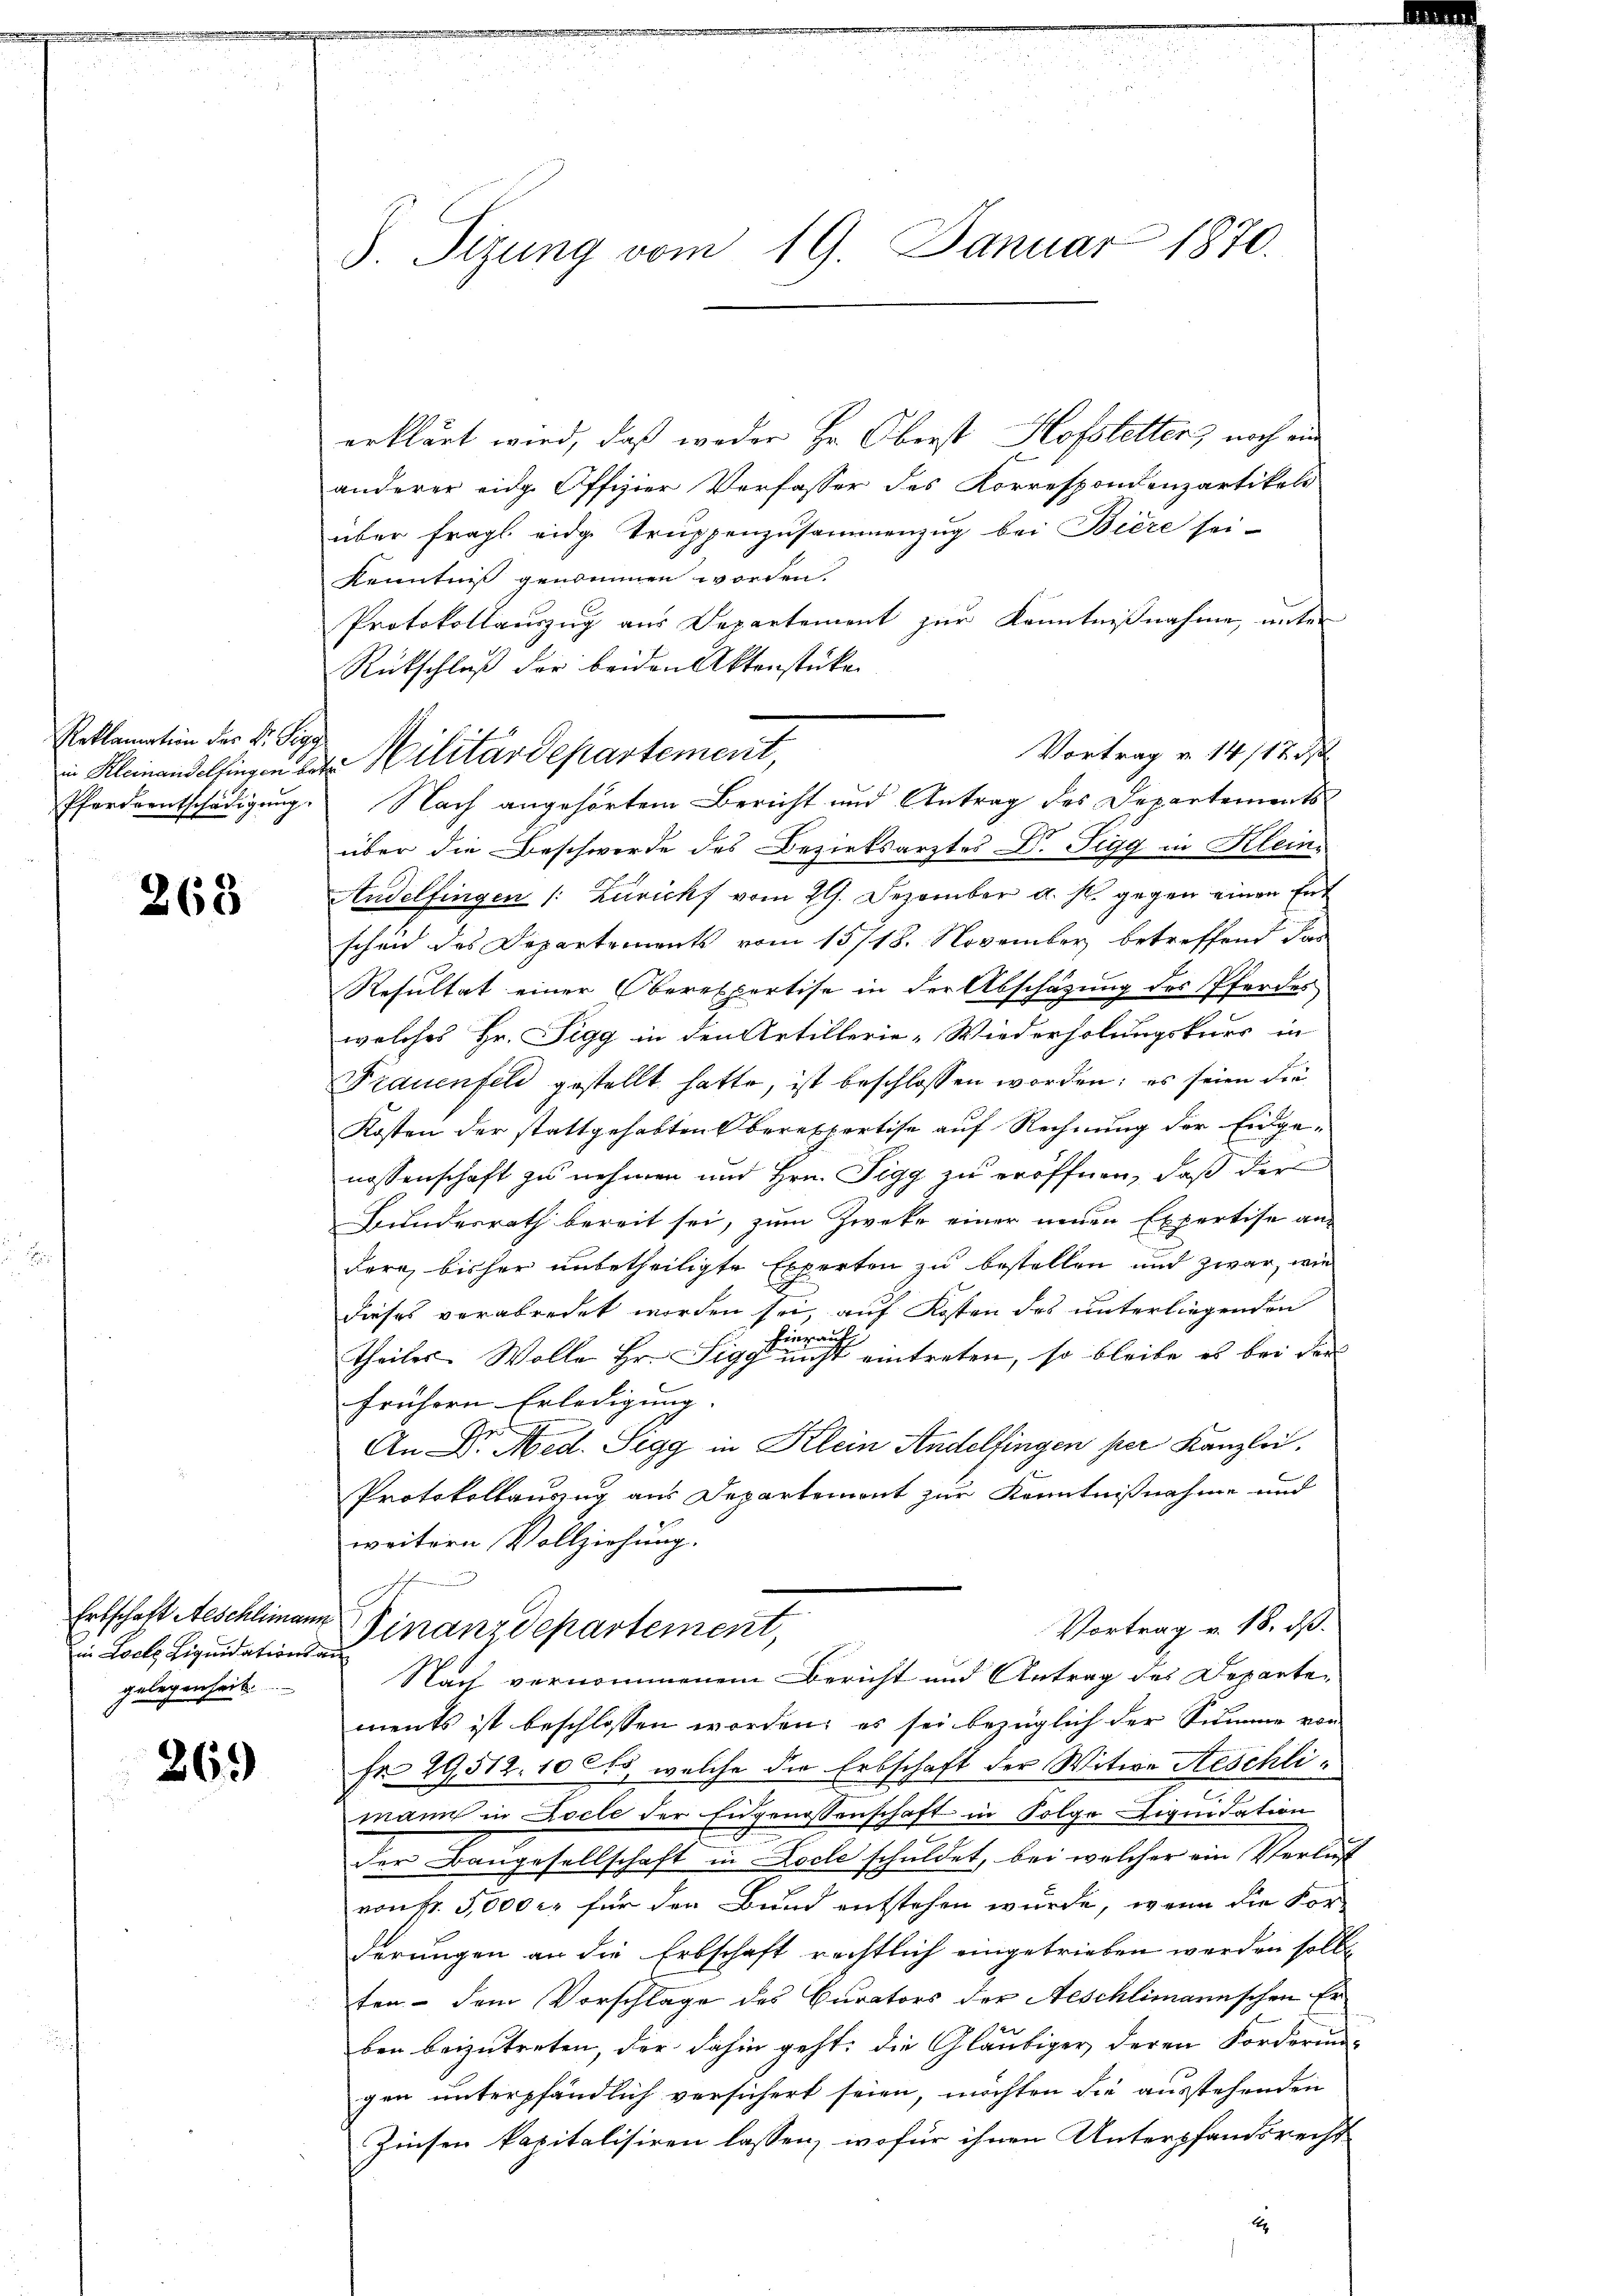
Reklamation der Dr. Sigg

268

Erbschaft Aeschlimann
gelegenheit.

269

S. Tizung vom 19. Januar 1870.

erklärt wird, daß weder Hr. Oberst Hofstetter, noch ein
anderer eidg. Offizier Verfasser des Korrespondenzartikels
über fragl. eidg. Truppenzusammenzug bei Bière sei-
Kenntniß genommen worden.
Protokollauszug aus Departement zur Kenntnißnahme, unter
Rückschluß der beiden Aktenstücken
Vortrag v. 14/173
Pferdentschädigung. Nach angehörtem Bericht und Antrag des Departements
über die Beschwerde des Bezirksarztes Dr. Sigg in Kleins
Andelfingen /: Zuricht vom 29. Dezember a. s. gegen einen Ent
scheid des Departements vom 15718. November betreffend das
Resultat einer Oberexpertise in der Abschazung des Pferder
welches Hr. Sigg in den Artillerie-Wiederholungskurs in
Frauenfeld gestellt hatte, ist beschlossen worden; es seien die
Kosten der stattgehabten Oberessertise auf Rechnung der Eidge-
nossenschaft zu nehmen und Hrn. Sigg zu eröffnen, daß der
Bundesrath bereit sei, zum Zwecke einer neuen Expertise an
dern, bisher unbetheiligte Experten zu bestellen und zwar, wie
dieses verabredet worden sei, auf Kosten des unterliegenden
Theiles. Wolle Hr. Die eine eintreten, so bleibe es bei der
frühern Erledigung. |
An Dr. Med. Sigg in Klein Andelfingen per Kanzlei.
Protokollauszug aus Departemont zur Kenntnißnahme und
weitern Vollziehung.
h
Vortrag v. 18. ds.
in Loche Liquidation Finanzdepartement,
Nach vernommenem Bericht und Antrag des Departements ist beschlossen worden; es sei bezüglich der Summe von
Fr. 29,512. 10 Cts, welche die Erbschaft der Witwe Aeschlimann in Locle der Eidgenossenschaft in Folge Liquidation
der Baugesellschaft in Loche schuldet, bei welcher ein Verlust
von fr. 5,000 c. für den Bund entstehen wurde, wenn die For-
derungen an die Erbschaft rechtlich eingetrieben werden solle
ten - dem Vorschlage des Curators der Aeschlimannschen Er
ben beizutreten, der dahin geht, die Gläubiger, deren Forderungs
gen unterpfändlich versichert seien, möchten die ausstehenden
Zinsen kapitalisiren lassen, wofür ihnen Unterpfandsrecht
t

in Kleinandelfingen das Militärdepartement,